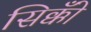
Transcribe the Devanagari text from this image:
सिक्कोँ